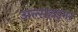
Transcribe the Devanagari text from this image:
अल्सहाइमर